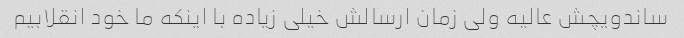
ساندویچش عالیه ولی زمان ارسالش خیلی زیاده با اینکه ما خود انقلابیم